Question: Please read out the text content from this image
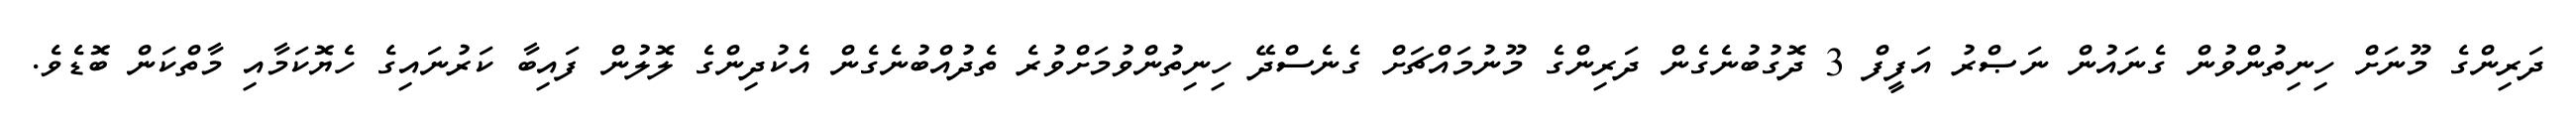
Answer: ދަރިންގެ މޫނަށް ހިނިތުންވުން ގެނައުން ނަޞްރު އަފީފް 3 ދޮގުބުނެގެން ދަރިންގެ މޫނުމައްޗަށް ގެނެސްދޭ ހިނިތުންވުމަށްވުރެ ތެދުއްބުނެގެން އެކުދިންގެ ލޮލުން ފައިބާ ކަރުނައިގެ ހެޔޮކަމާއި މާތްކަން ބޮޑެވެ.